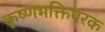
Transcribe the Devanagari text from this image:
कृष्णभक्तिपरक